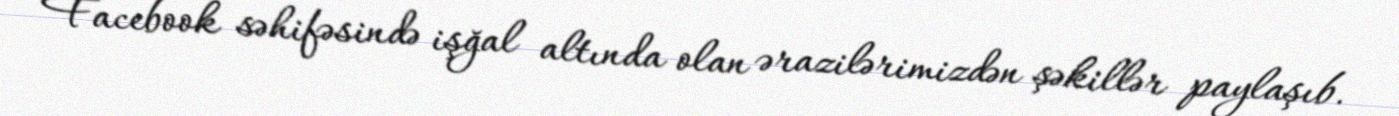
Facebook səhifəsində işğal altında olan ərazilərimizdən şəkillər paylaşıb.